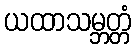
ယထာသမ္ဘတ္တံ